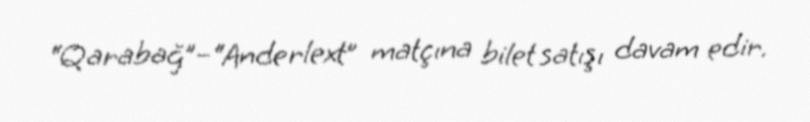
“Qarabağ”–“Anderlext” matçına bilet satışı davam edir.